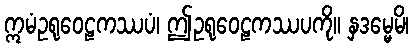
ဣမံဥရုဝေဠကဿပံ၊ ဤဥရုဝေဠကဿပကို။ နှဒမ္မေမိ၊